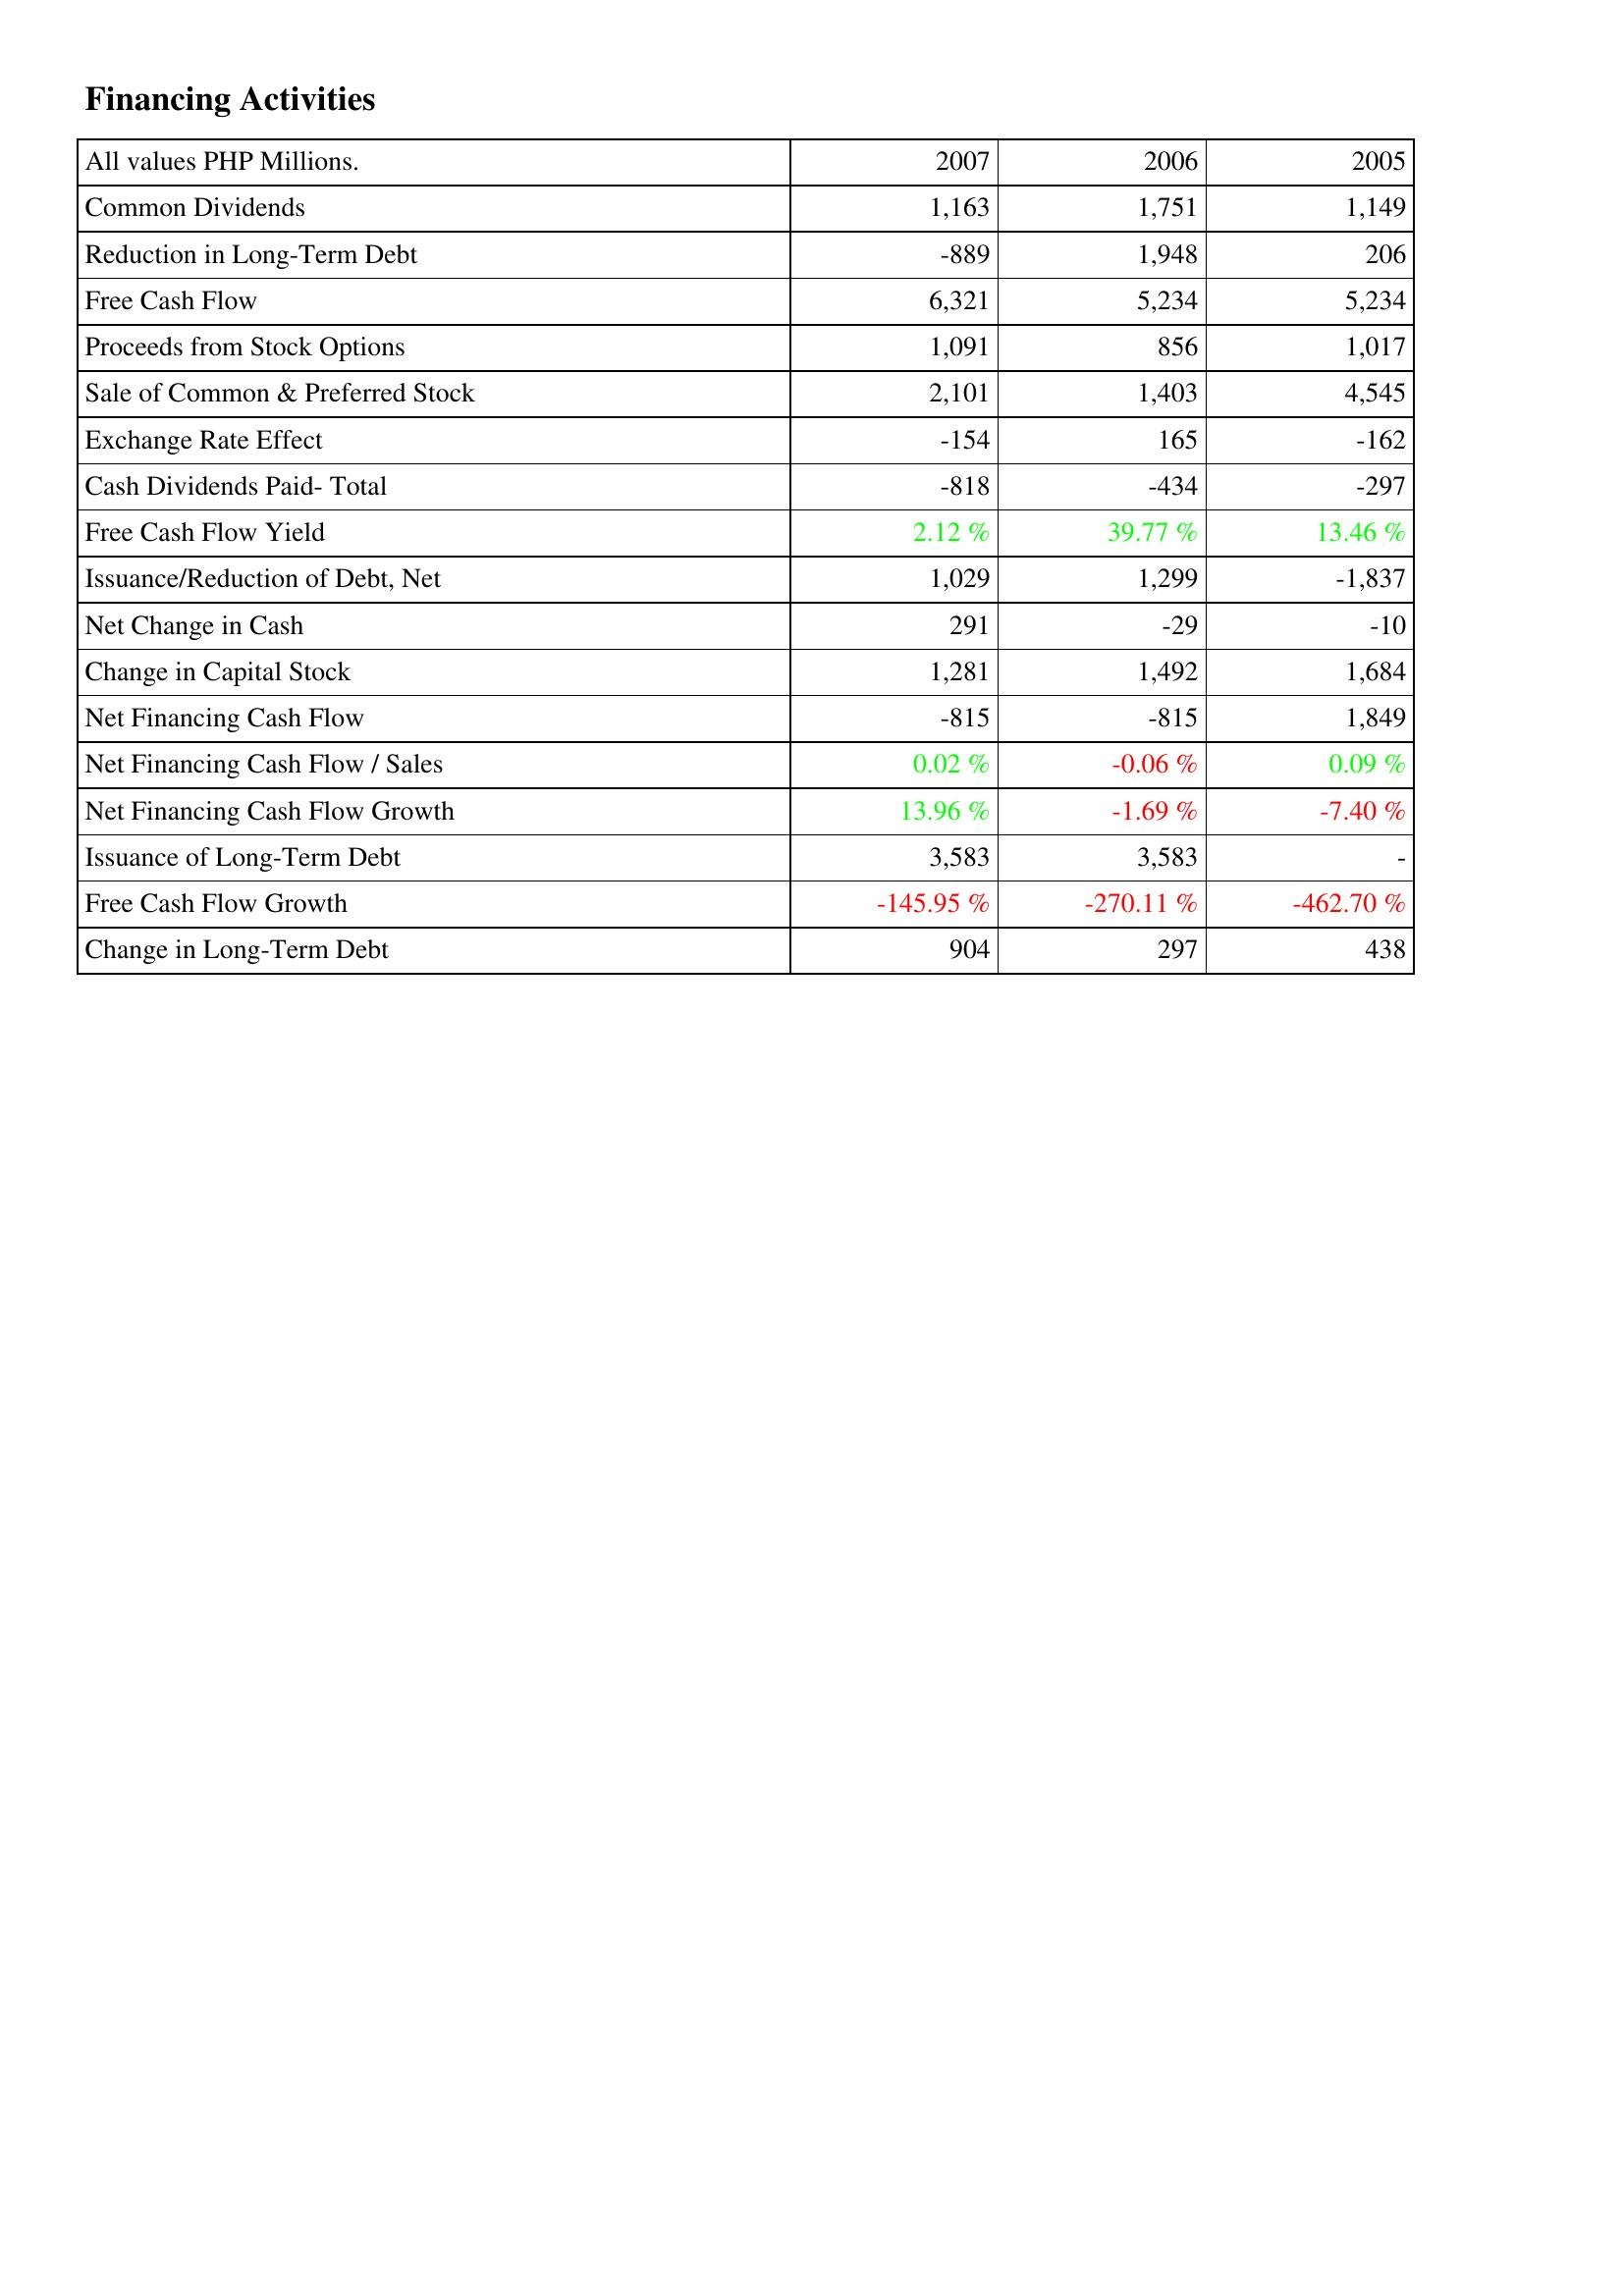
2007: Financing Activities: Common Dividends: 1,163
Reduction in Long-Term Debt: -889
Free Cash Flow: 6,321
Proceeds from Stock Options: 1,091
Sale of Common & Preferred Stock: 2,101
Exchange Rate Effect: -154
Cash Dividends Paid- Total: -818
Free Cash Flow Yield: 2.12 %
Issuance/Reduction of Debt, Net: 1,029
Net Change in Cash: 291
Change in Capital Stock: 1,281
Net Financing Cash Flow: -815
Net Financing Cash Flow / Sales: 0.02 %
Net Financing Cash Flow Growth: 13.96 %
Issuance of Long-Term Debt: 3,583
Free Cash Flow Growth: -145.95 %
Change in Long-Term Debt: 904
2006: Financing Activities: Common Dividends: 1,751
Reduction in Long-Term Debt: 1,948
Free Cash Flow: 5,234
Proceeds from Stock Options: 856
Sale of Common & Preferred Stock: 1,403
Exchange Rate Effect: 165
Cash Dividends Paid- Total: -434
Free Cash Flow Yield: 39.77 %
Issuance/Reduction of Debt, Net: 1,299
Net Change in Cash: -29
Change in Capital Stock: 1,492
Net Financing Cash Flow: -815
Net Financing Cash Flow / Sales: -0.06 %
Net Financing Cash Flow Growth: -1.69 %
Issuance of Long-Term Debt: 3,583
Free Cash Flow Growth: -270.11 %
Change in Long-Term Debt: 297
2005: Financing Activities: Common Dividends: 1,149
Reduction in Long-Term Debt: 206
Free Cash Flow: 5,234
Proceeds from Stock Options: 1,017
Sale of Common & Preferred Stock: 4,545
Exchange Rate Effect: -162
Cash Dividends Paid- Total: -297
Free Cash Flow Yield: 13.46 %
Issuance/Reduction of Debt, Net: -1,837
Net Change in Cash: -10
Change in Capital Stock: 1,684
Net Financing Cash Flow: 1,849
Net Financing Cash Flow / Sales: 0.09 %
Net Financing Cash Flow Growth: -7.40 %
Issuance of Long-Term Debt: -
Free Cash Flow Growth: -462.70 %
Change in Long-Term Debt: 438